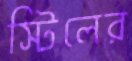
স্টিলের